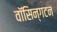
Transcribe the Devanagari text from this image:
वॉसिन्गटन